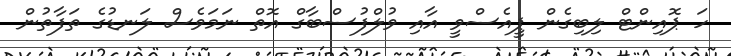
ހަ ޕޮއިންޓް ލިބިގެން ޕީއެސްވީ އާއި ވުލްފުސްބާގް އޮތް ނަމަވެސް ލަނޑުގެ ތަފާތުން